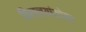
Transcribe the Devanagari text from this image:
किल्ल्यांसोबत